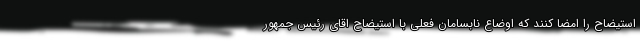
استیضاح را امضا کنند که اوضاع نابسامان فعلی با استیضاح اقای رئیس جمهور